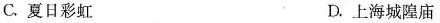
C.夏日彩虹 D.上海城隍庙